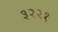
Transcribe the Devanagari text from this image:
३२२१